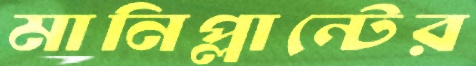
মানিপ্লান্টের